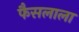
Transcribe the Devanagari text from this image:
फैसलाला